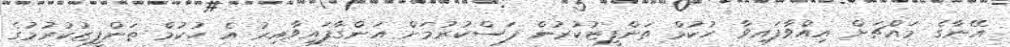
އޭނާގެ މައްޗަށް އިއްވާފައިވާ ހުކުމް ތަންފީޒުކުރުން ފަސްކުރުމަށް އަންގާފައިވާއިރު އެ ހުކުމް ތަންފީޒުކުރުމުގެ